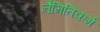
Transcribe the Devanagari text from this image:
नैमितिकर्म